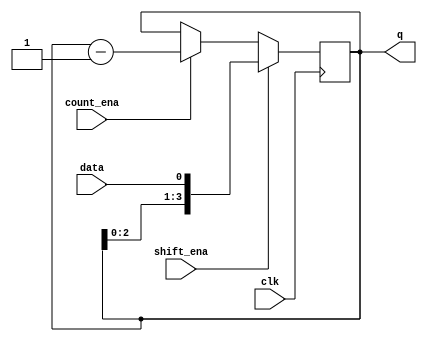
module top_module (
    input clk,
    input shift_ena,
    input count_ena,
    input data,
    output [3:0] q
);
    always@(posedge clk)
        begin
            if(shift_ena)
                q <= {q[2:0],data};
            else if(count_ena)
                q <= q-4'b1;
        end
    
endmodule